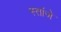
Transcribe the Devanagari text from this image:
स्तांजे